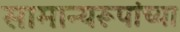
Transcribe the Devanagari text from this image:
सामान्यरूपांच्या